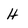
Character: H